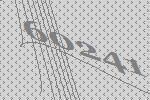
60241